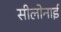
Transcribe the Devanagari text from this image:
सीलोनाई